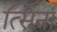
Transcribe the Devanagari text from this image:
त्सिना